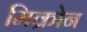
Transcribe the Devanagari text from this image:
मिक्रोन